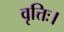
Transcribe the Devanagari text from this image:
वृत्तिः।